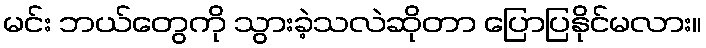
မင်း ဘယ်တွေကို သွားခဲ့သလဲဆိုတာ ပြောပြနိုင်မလား။